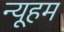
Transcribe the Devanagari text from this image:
न्यूहम